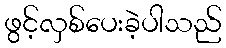
ဖွင့်လှစ်ပေးခဲ့ပါသည်